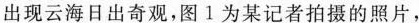
出现云海日出奇观，图1为某记者拍摄的照片，